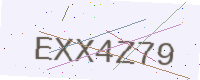
Text: EXX4Z79